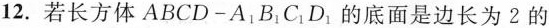
12. 若长方体 ABCD - A_{1}B_{1}C_{1}D_{1}的底面是边长为 2 的